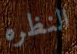
النظره